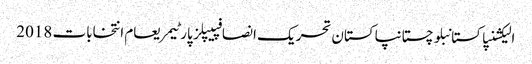
الیکشنپاکستانبلوچستانپاکستان تحریک انصافپیپلز پارٹیمریعام انتخابات 2018